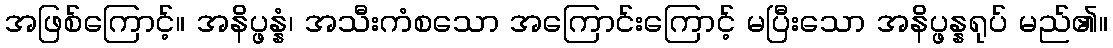
အဖြစ်ကြောင့်။ အနိပ္ဖန္နံ၊ အသီးကံစသော အကြောင်းကြောင့် မပြီးသော အနိပ္ဖန္နရုပ် မည်၏။